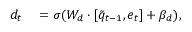
\begin{array} { r l } { d _ { t } } & { { } = \sigma ( W _ { d } \cdot [ \tilde { q } _ { t - 1 } , e _ { t } ] + \beta _ { d } ) , } \end{array}